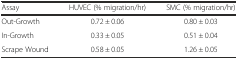
| Assay | HUVEC (% migration/hr) | SMC (% migration/hr) |
 | --- | --- | --- |
 | Out-Growth | 0.72 ± 0.06 | 0.80 ± 0.03 |
 | In-Growth | 0.33 ± 0.05 | 0.51 ± 0.04 |
 | Scrape Wound | 0.58 ± 0.05 | 1.26 ± 0.05 |